Report on vaccination in the Province of Bengal - 1874-1889
Year: 1874
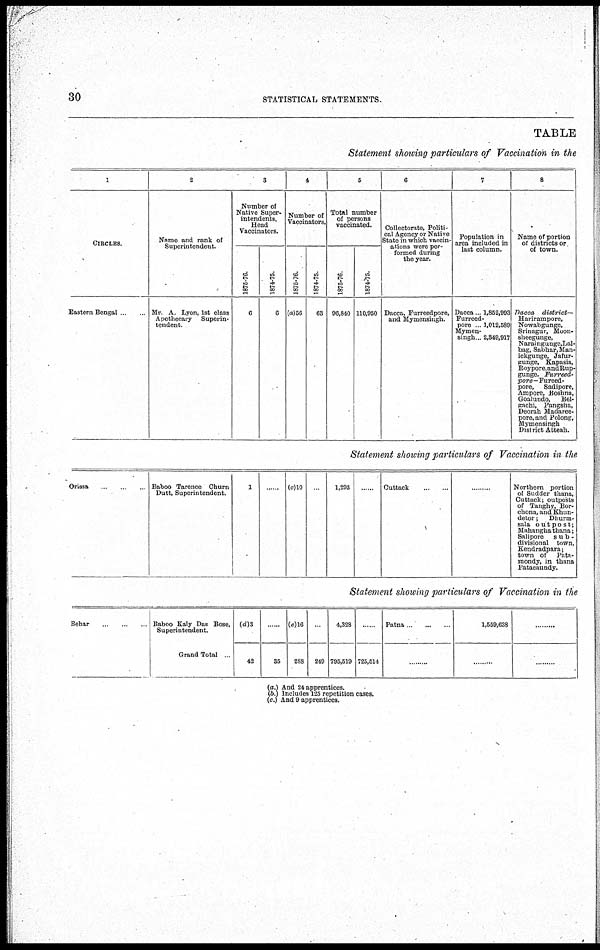
30
STATISTICAL STATEMENTS.
TABLE
Statement showing particulars of Vaccination in the
1
CIRCLES.
Eastern Bengal.. ... ...
2
Name and rank of
Superintendent.
Mr. A Lyon, 1st class
Apothecary Superin-
tendent.
3
Number of
Native Super¬
intendents,
Head
Vaccinators.
1875-76.
6
1874-75.
6
4
Number of
Vaccinators.
1875-76.
(a)56
1874-75.
63
5
Total number
of persons
vaccinated.
1875-76.
96,840
1874-75.
110,950
6
Collectorate, Politi-
cal Agency or Native
State in which vaccin-
ations were per-
formed during
the year.
Dacca, Furreedpore,
and Mymensingh.
7
Population in
area included in
last column.
Dacca .. 1,852,993
Furreed-
pore . 1,012,589
Mymen-
singh .. 2,349,917
8
Name of portion
or districts or
of town.
Dacca
district—
Harirampore,
Nowabgunge,
Srinagur, Moon-
sheegunge,
Naraingunge,Lal-
bag, Sabhar,Man-
ickgunge, Jafur-
gunge, Kapasia,
Roypore.andRup-
gunge. Furreed-
pore-Fureed-
pore, Sodipore,
Ampore, Boshna,
Goalundo, Bel-
gachi, Pangsha,
Deorah Madaree-
pore, and Polong,
Mymensingh
District Atteah.
Statement showing particulars of Vaccination in the
Orissa.. .
Baboo Tarenee Churn
Dutt, Superintendent.
1
......
(c)10
1,293
......
Cuttack . ...
... .. .
Northern portion
of Sudder thana,
Cuttuck; outposts
of Tanghy, Bor-
chona, and Khun-
detor;
Dhurm-
sala outpost;
Mahangha thana;
Salipore sub-
divisional town,
Kendradpara;
town or Pata-
mondy, in thana
Patacaundy.
Statement showing particulars of Vaccination in the
Behar ... ... ..
. Baboo Kaly Das Bose,
Superintendent.
Grand Total
(d)3
42
......
35
(e)16
288
...
249
4,328
795,519
....
725,514
Patna ... ...
... ...
1,539,638
..... .
... . ...
.........
(a.) And 24 apprentices.
(b.) Includes 125 repetition cases.
(c.) And 9 apprentices.